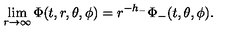
\lim _ { r \rightarrow \infty } \Phi ( t , r , \theta , \phi ) = r ^ { - h _ { - } } \Phi _ { - } ( t , \theta , \phi ) .